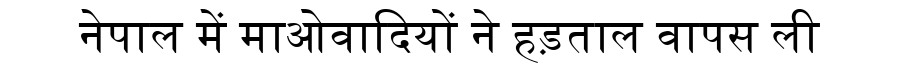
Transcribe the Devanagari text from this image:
नेपाल में माओवादियों ने हड़ताल वापस ली